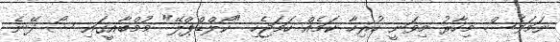
ނަމަވެސް މިހާރު މިވަނީ ހުރިހާ ކަމެއް ހަމަޖެހި "ކޯލްޑްޕްލޭ" މުމްބާއީގައި ޝޯ ދޭނެ